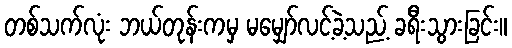
တစ်သက်လုံး ဘယ်တုန်းကမှ မမျှော်လင့်ခဲ့သည့် ခရီးသွားခြင်း။